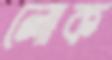
লোক